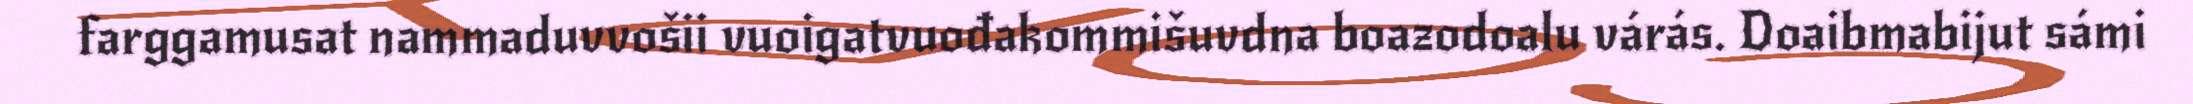
farggamusat nammaduvvošii vuoigatvuođakommišuvdna boazodoalu várás. Doaibmabijut sámi